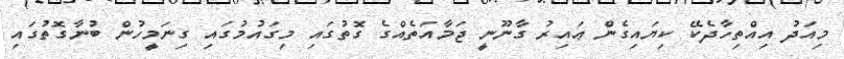
މިއަދު އިއްތިހާދެކޭ ކިޔައިގެން ޢައިރު ގާނޫނީ ޖަމާއަތެއްގެ ގޮތުގައި މިގައުމުގައި ގިނަމީހުން ބުނާގޮތުގައި